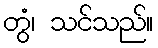
တွံ၊ သင်သည်။